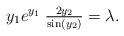
\begin{align*} y_1 e^{y_1} \; \tfrac{2 y_2}{\sin (y_2)} = \lambda. \end{align*}